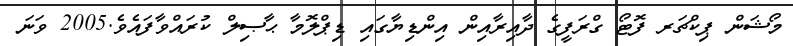
މޯޝަން ޕިކްޗަރ ފޮޓޯ ގްރަފީގެ ދާއިރާއިން އިންޑިޔާގައި ޑިޕްލޮމާ ޙާޞިލް ކުރައްވާފައެވެ.2005 ވަނަ